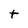
Character: t